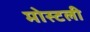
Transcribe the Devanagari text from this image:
मोस्टली